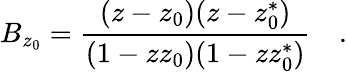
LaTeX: B_{z_{0}}=\frac{(z-z_{0})(z-z_{0}^{*})}{(1-zz_{0})(1-zz_{0}^{*})}\quad.